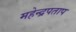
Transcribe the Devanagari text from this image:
महेन्द्रपताप